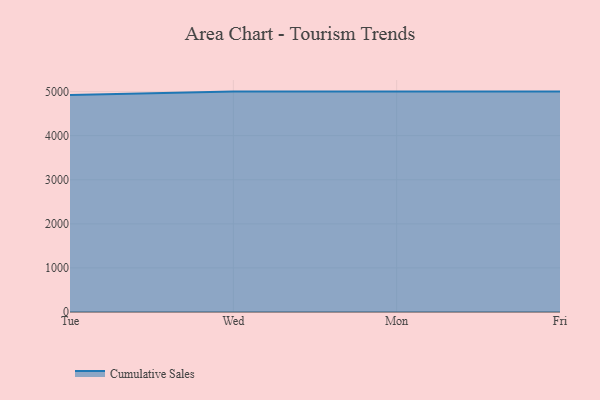
{"axis": {"x": "Day", "y": "LTV (USD)"}, "legend": ["Cumulative Sales"], "data": [{"x": "Tue", "y": 4922.9, "type": "Cumulative Sales"}, {"x": "Wed", "y": 5000, "type": "Cumulative Sales"}, {"x": "Mon", "y": 5000, "type": "Cumulative Sales"}, {"x": "Fri", "y": 5000, "type": "Cumulative Sales"}]}